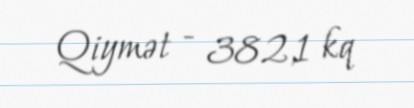
Qiymət - 382,1 kq